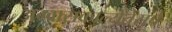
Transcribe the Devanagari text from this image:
अग्वासकाल्येंतेसचे